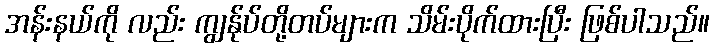
အန်းနယ်ကို လည်း ကျွန်ုပ်တို့တပ်များက သိမ်းပိုက်ထားပြီး ဖြစ်ပါသည်။